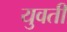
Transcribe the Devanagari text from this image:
युवतीं